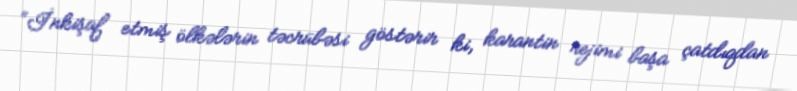
“İnkişaf etmiş ölkələrin təcrübəsi göstərir ki, karantin rejimi başa çatdıqdan